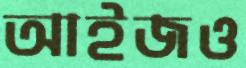
আইজও